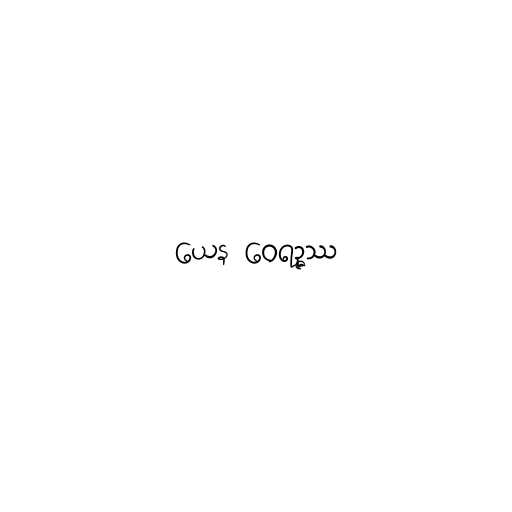
ယေန ဝေရဉ္ဇဿ